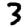
Digit: 3